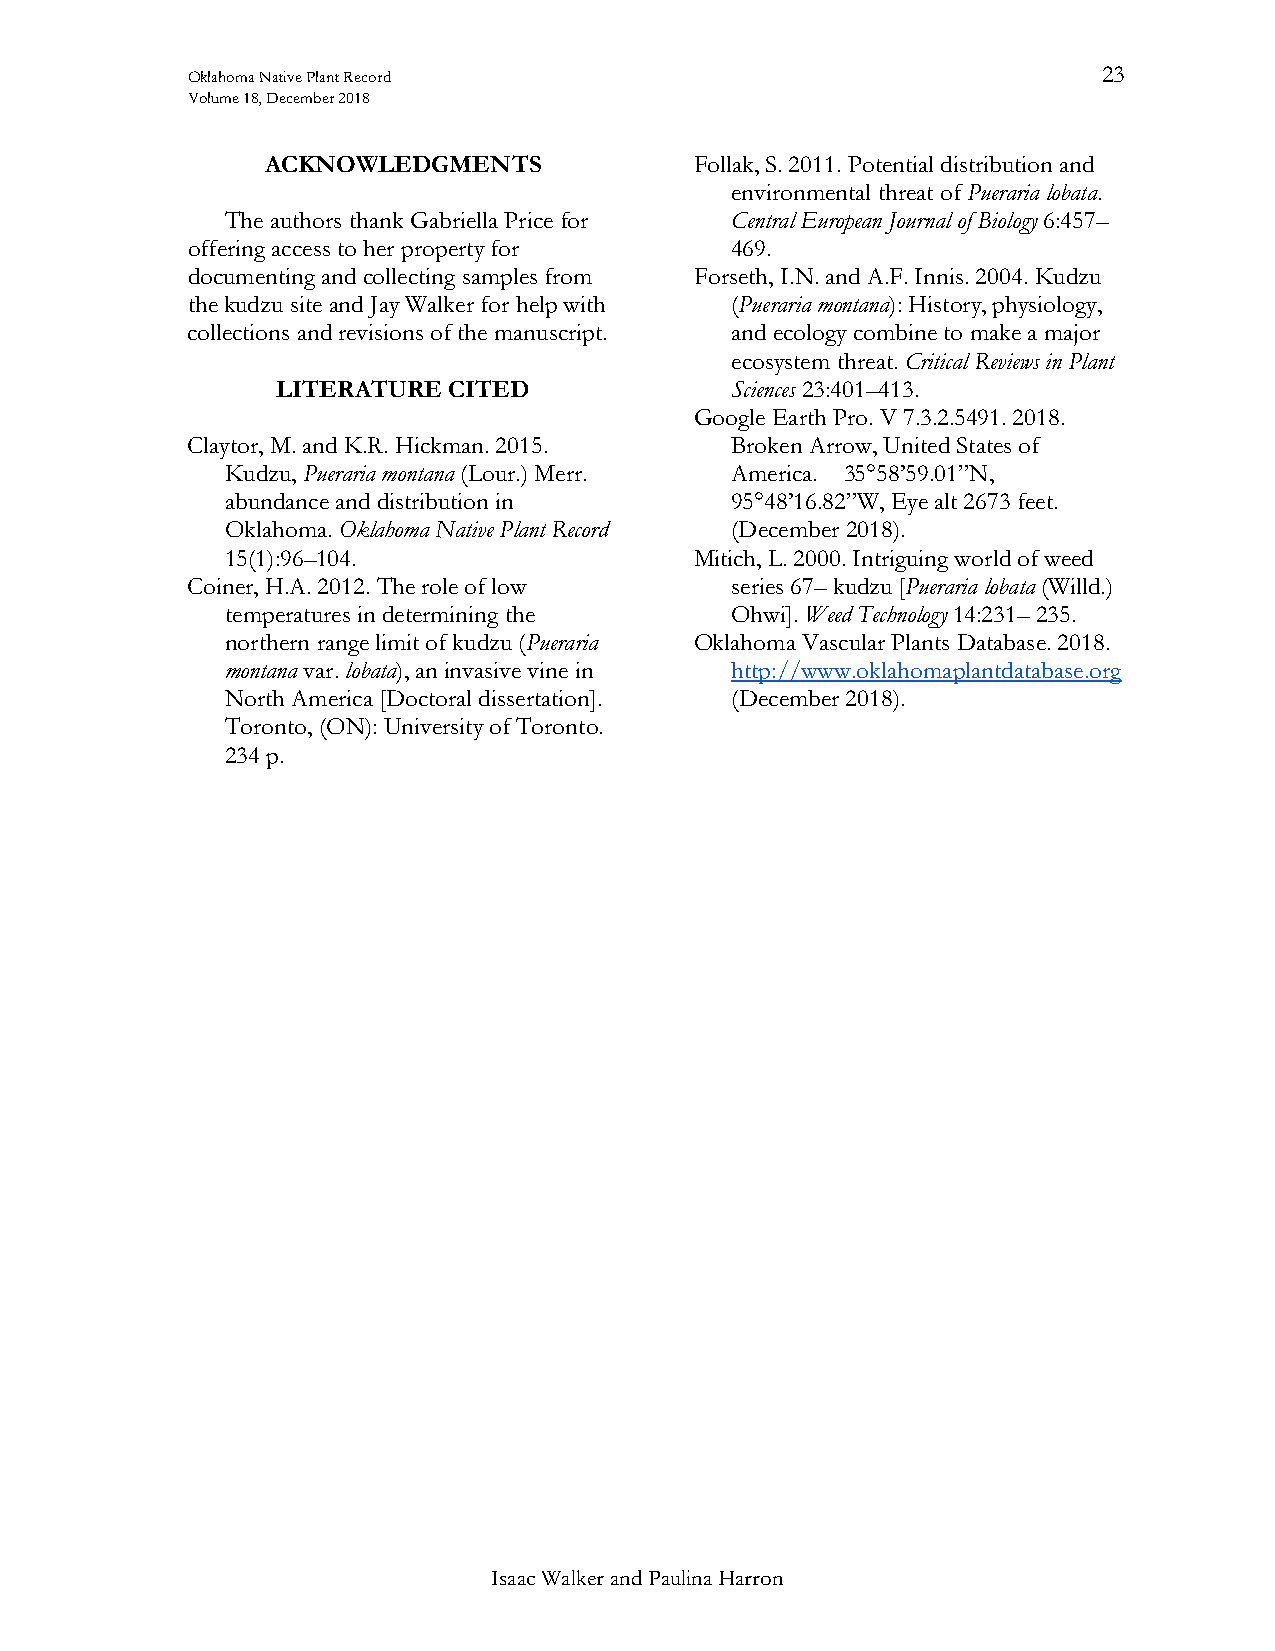
Oklahoma Native Plant Record                                 23
 Volume 18, December 2018
 ACKNOWLEDGMENTS             Follak, S. 2011. Potential distribution and
 environmental threat of Pueraria lobata.
 The authors thank Gabriella Price for Central European Journal of Biology 6:457–
 offering access to her property for 469.
 documenting and collecting samples from Forseth, I.N. and A.F. Innis. 2004. Kudzu
 the kudzu site and Jay Walker for help with (Pueraria montana): History, physiology,
 collections and revisions of the manuscript. and ecology combine to make a major
 ecosystem threat. Critical Reviews in Plant
 LITERATURE  CITED             Sciences 23:401–413.
 Google Earth Pro. V 7.3.2.5491. 2018.
 Claytor, M. and K.R. Hickman. 2015. Broken Arrow, United States of
 Kudzu, Pueraria montana (Lour.) Merr. America. 35°58’59.01”N,
 abundance and distribution in    95°48’16.82”W, Eye alt 2673 feet.
 Oklahoma. Oklahoma Native Plant Record (December 2018).
 15(1):96–104.                  Mitich, L. 2000. Intriguing world of weed
 Coiner, H.A. 2012. The role of low  series 67– kudzu [Pueraria lobata (Willd.)
 temperatures in determining the  Ohwi]. Weed Technology 14:231– 235.
 northern range limit of kudzu (Pueraria Oklahoma Vascular Plants Database. 2018.
 montana var. lobata), an invasive vine in http://www.oklahomaplantdatabase.org
 North America [Doctoral dissertation]. (December 2018).
 Toronto, (ON): University of Toronto.
 234 p.
 Isaac Walker and Paulina Harron